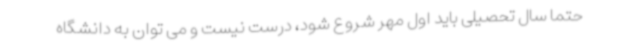
حتما سال تحصیلی باید اول مهر شروع شود، درست نیست و می توان به دانشگاه